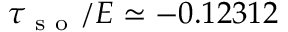
\tau _ { \mathrm { ~ s ~ o ~ } } / E \simeq - 0 . 1 2 3 1 2